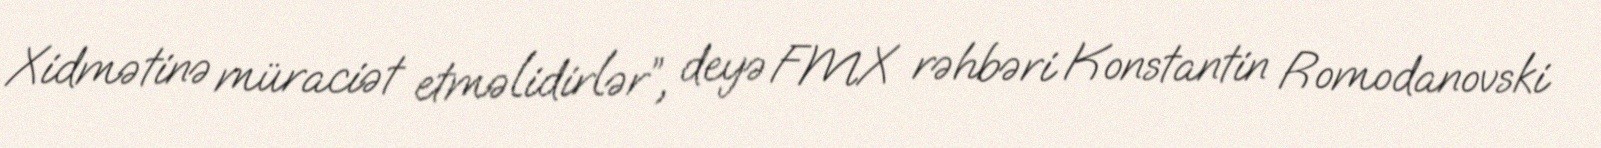
Xidmətinə müraciət etməlidirlər”, deyə FMX rəhbəri Konstantin Romodanovski